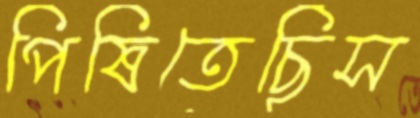
পিষিতেছিস